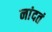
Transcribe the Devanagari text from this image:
नांदतं